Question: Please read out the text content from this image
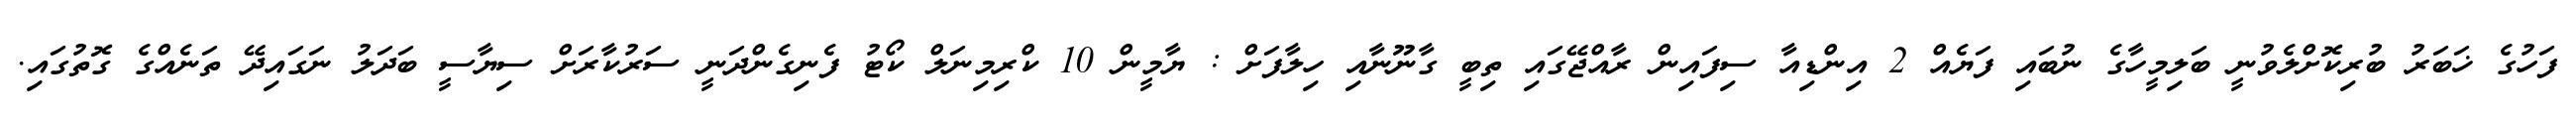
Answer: ފަހުގެ ޚަބަރު ބުރިކޮށްލެވުނީ ބަލިމީހާގެ ނުބައި ފަޔެއް 2 އިންޑިއާ ސިފައިން ރާއްޖޭގައި ތިބީ ގާނޫނާއި ހިލާފަށް : ޔާމީން 10 ކްރިމިނަލް ކޯޓު ފެނިގެންދަނީ ސަރުކާރަށް ސިޔާސީ ބަދަލު ނަގައިދޭ ތަނެއްގެ ގޮތުގައި.